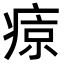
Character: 𤷦